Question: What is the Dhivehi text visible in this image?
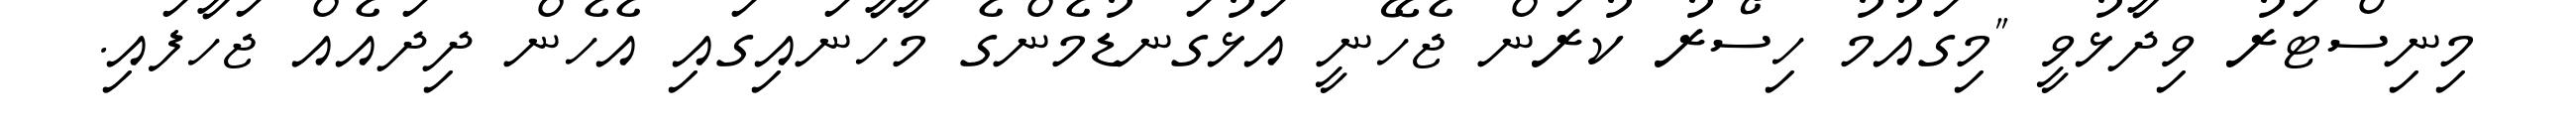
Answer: މިނިސްޓަރު ވިދާޅުވީ "މިގައުމު ހިސޯރު ކުރަން ޖެހޭނީ އަޅުގަނޑުމެންގެ މާހާނައިގައި އެހެން ދިދައެއް ޖަހާފައި.